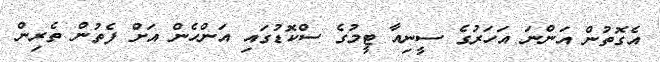
އެގޮތުން އަންނަ އަހަރުގެ ސީނިއާ ޓީމުގެ ސްކޮޑުގައި އަންހެން އަށް ފެތުން ތެރިން